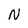
Character: N